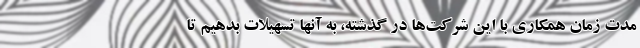
مدت زمان همکاری با این شرکت‌ها در گذشته، به آنها تسهیلات بدهیم تا